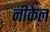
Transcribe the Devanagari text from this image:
नीकेल